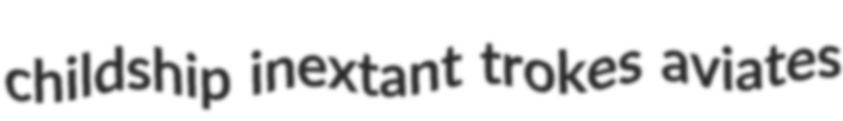
childship inextant trokes aviates